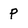
Character: P